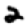
Digit: 2